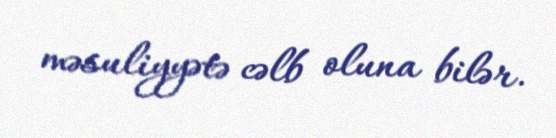
məsuliyyətə cəlb oluna bilər.